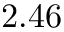
2 . 4 6